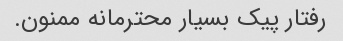
رفتار پیک بسیار محترمانه ممنون.